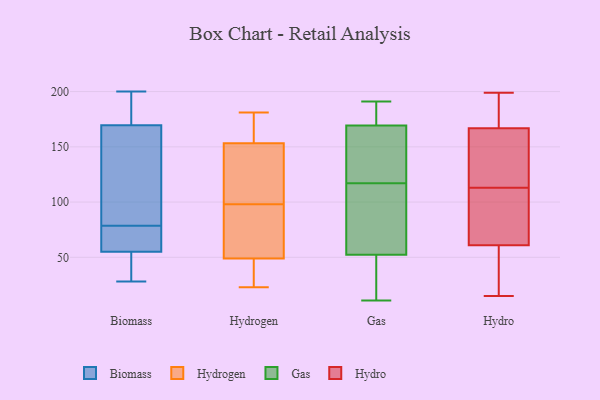
{"axis": {"x": "Website Visitors", "y": "Value"}, "legend": ["Biomass", "Gas", "Hydro", "Hydrogen"], "data": [{"x": "", "y": 54, "type": "Biomass"}, {"x": "", "y": 65, "type": "Biomass"}, {"x": "", "y": 42, "type": "Biomass"}, {"x": "", "y": 165, "type": "Biomass"}, {"x": "", "y": 68, "type": "Biomass"}, {"x": "", "y": 39, "type": "Biomass"}, {"x": "", "y": 174, "type": "Biomass"}, {"x": "", "y": 56, "type": "Biomass"}, {"x": "", "y": 200, "type": "Biomass"}, {"x": "", "y": 28, "type": "Biomass"}, {"x": "", "y": 77, "type": "Biomass"}, {"x": "", "y": 63, "type": "Biomass"}, {"x": "", "y": 44, "type": "Biomass"}, {"x": "", "y": 80, "type": "Biomass"}, {"x": "", "y": 88, "type": "Biomass"}, {"x": "", "y": 84, "type": "Biomass"}, {"x": "", "y": 198, "type": "Biomass"}, {"x": "", "y": 184, "type": "Biomass"}, {"x": "", "y": 100, "type": "Biomass"}, {"x": "", "y": 180, "type": "Biomass"}, {"x": "", "y": 36, "type": "Hydrogen"}, {"x": "", "y": 50, "type": "Hydrogen"}, {"x": "", "y": 23, "type": "Hydrogen"}, {"x": "", "y": 64, "type": "Hydrogen"}, {"x": "", "y": 157, "type": "Hydrogen"}, {"x": "", "y": 46, "type": "Hydrogen"}, {"x": "", "y": 98, "type": "Hydrogen"}, {"x": "", "y": 164, "type": "Hydrogen"}, {"x": "", "y": 95, "type": "Hydrogen"}, {"x": "", "y": 152, "type": "Hydrogen"}, {"x": "", "y": 104, "type": "Hydrogen"}, {"x": "", "y": 97, "type": "Hydrogen"}, {"x": "", "y": 166, "type": "Hydrogen"}, {"x": "", "y": 181, "type": "Hydrogen"}, {"x": "", "y": 36, "type": "Hydrogen"}, {"x": "", "y": 109, "type": "Hydrogen"}, {"x": "", "y": 117, "type": "Hydrogen"}, {"x": "", "y": 37, "type": "Gas"}, {"x": "", "y": 68, "type": "Gas"}, {"x": "", "y": 145, "type": "Gas"}, {"x": "", "y": 191, "type": "Gas"}, {"x": "", "y": 187, "type": "Gas"}, {"x": "", "y": 20, "type": "Gas"}, {"x": "", "y": 81, "type": "Gas"}, {"x": "", "y": 117, "type": "Gas"}, {"x": "", "y": 174, "type": "Gas"}, {"x": "", "y": 167, "type": "Gas"}, {"x": "", "y": 47, "type": "Gas"}, {"x": "", "y": 103, "type": "Gas"}, {"x": "", "y": 123, "type": "Gas"}, {"x": "", "y": 11, "type": "Gas"}, {"x": "", "y": 170, "type": "Gas"}, {"x": "", "y": 149, "type": "Hydro"}, {"x": "", "y": 199, "type": "Hydro"}, {"x": "", "y": 139, "type": "Hydro"}, {"x": "", "y": 148, "type": "Hydro"}, {"x": "", "y": 24, "type": "Hydro"}, {"x": "", "y": 59, "type": "Hydro"}, {"x": "", "y": 86, "type": "Hydro"}, {"x": "", "y": 47, "type": "Hydro"}, {"x": "", "y": 15, "type": "Hydro"}, {"x": "", "y": 168, "type": "Hydro"}, {"x": "", "y": 163, "type": "Hydro"}, {"x": "", "y": 27, "type": "Hydro"}, {"x": "", "y": 108, "type": "Hydro"}, {"x": "", "y": 188, "type": "Hydro"}, {"x": "", "y": 67, "type": "Hydro"}, {"x": "", "y": 183, "type": "Hydro"}, {"x": "", "y": 113, "type": "Hydro"}, {"x": "", "y": 192, "type": "Hydro"}, {"x": "", "y": 99, "type": "Hydro"}]}